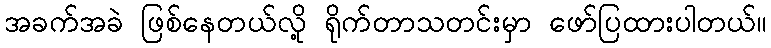
အခက်အခဲ ဖြစ်နေတယ်လို့ ရိုက်တာသတင်းမှာ ဖော်ပြထားပါတယ်။